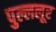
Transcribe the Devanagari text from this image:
पुल्ललूर